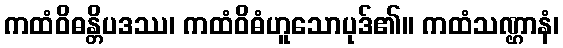
ကထံဝိဓန္တိပဒဿ၊ ကထံဝိဓံဟူသောပုဒ်၏။ ကထံသဏ္ဌာနံ၊